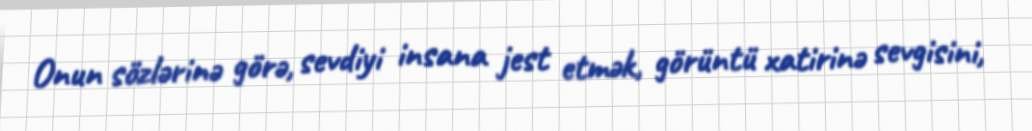
Onun sözlərinə görə, sevdiyi insana jest etmək, görüntü xatirinə sevgisini,